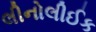
લીનોલીઈક